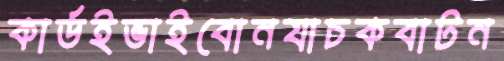
কার্ডইভাইবোনযাচকবাটন